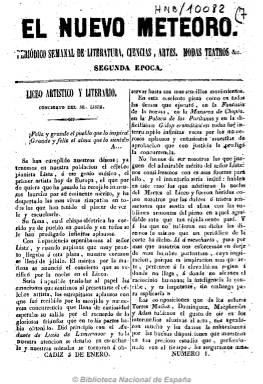
Título: El Nuevo Meteoro
Colección: Semanarios de amenidades
Ámbito geográfico: Cádiz
Lugar de publicación: Cádiz
Fechas: 05/01/1845-29/06/1845

Subtitulado como “periódico semanal de literatura, artes, ciencias, modas y teatro”, de ocho páginas y en cuarto, es estampado en la Imprenta de la Sociedad de Recreos Literarios, a cargo de José Morón. Publica artículos de literatura, costumbres, modas, viajes e históricos, biografías y reseñas bibliográficas, dándole gran cabida a la producción en verso (poemas, letrillas, romances, epigramas, charadas, etc.), así como a la publicación de novelas por entregas, a la actualidad y revista de los teatros de la ciudad y a la información sobre la lotería.

Sus colaboradores fueron poetas gaditanos y españoles. Desde Madrid escriben Luis de Goma y Conrado, Hipólito Pérez Varela, Víctor Balaguer y José Cominges, y desde Barcelona, Gregorio Amado Larrosa y A. Durán Varpa. También colaboran A. Sendras Gambino, Federico B. y Chacón, Francisco P. Rosso, Antonio T. y la Quintana, José Casanova, M. Domínguez, E. Zumel, N. Bassols y E. Almisas. Otros textos son firmados con iniciales o seudónimo, como Fabio, J. de la P., J.F. de M., F.H. o M.Y.

Un hecho a destacar  es la colaboración de muchas poetas en esta publicación, como la también novelista valenciana y colaboradora de prensa Amalia Fenollosa (1826-1883), esposa del destacado periodista Juan Mañé y Flaquer; la vallisoletana Manuela Cambronero, Antonia Espinosa de los Monteros o Carolina Coronado, pero sobre todo hay que destacar la presencia de la escritora de origen italiano y directora de revistas Ángela Grassi y Techi (1826-1883) y María Josefa Zapata (1822-), que publican en verso.

Resalta la presencia en estas páginas de Zapata, por ser una las principales exponentes del pensamiento fourista de corte feminista en España,  movimiento que tiene su máximo exponente en El pensil gaditano (1856), que posteriormente se titulará El pensil de Iberia (1857-1859), este último prohibido por el gobernador de Cádiz a instancias del obispo de esta ciudad el mismo año 1857, reapareciendo de nuevo al año siguiente. Ambos títulos serán fundados y dirigidos por Margarita Pérez de Celis y Torhbanh  (-1882) y su compañera, la ya citada poeta gaditana María José Zapata, siendo estas las primeras revistas españolas de corte feminista y democrático que se conocen. Zapata también colaborará en las revistas gaditanas El genio y La moda. También otro de los colaboradores de El nuevo meteoro, Víctor Balaguer, dirigirá en Barcelona por esa misma época El pensil del bello sexo (1845-1846), periódico divulgador asímismo de las ideas fouristas, feministas y espiritistas.

Este semanario debió empezar a editarse en 1844 con el título de El meteoro, pues El nuevo meteoro expresa en su cabecera que corresponde a la “2ª época” de su publicación, a partir del cinco de enero de 1845. La colección digitalizada de la BN comienza con este número 1 y acaba con el de la edición del 29 de junio del mismo año, aunque faltándole ejemplares. A partir de entonces este semanario aparecerá de nuevo con el título de El meteoro, con idéntico formato, paginación, composición, contenidos, colaborares e impresor (véase en esta misma colección digitalizada de la BN).